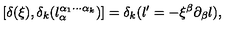
[ \delta ( \xi ) , \delta _ { k } ( l _ { \alpha } ^ { \alpha _ { 1 } \cdots \alpha _ { k } } ) ] = \delta _ { k } ( l ^ { \prime } = - \xi ^ { \beta } \partial _ { \beta } l ) ,